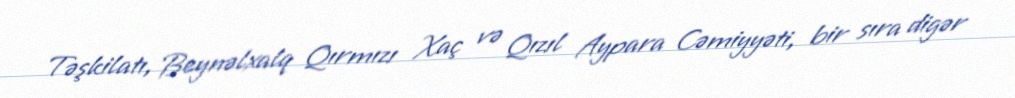
Təşkilatı, Beynəlxalq Qırmızı Xaç və Qızıl Aypara Cəmiyyəti, bir sıra digər